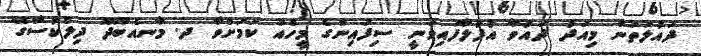
ދައުލަތުން މިއަދު ދައުވާ އުފުލާފައިވަނީ ސިފައިންގެ މީހެއް ކަމަށްވާ ދ. މާނއެބޫދޫ ދިލްކުސާގޭ